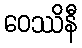
ဝေဿိနီ